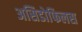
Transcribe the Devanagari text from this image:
असिडोफिलस